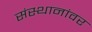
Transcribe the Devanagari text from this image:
संस्थानांवर